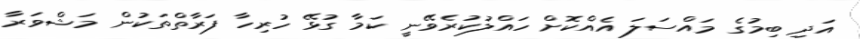
އަދި ބިމުގެ މައްސަލަ އެއްކޮށް ހައްލުކުރެވޭނީ ކަމާ ގުޅޭ ހުރިހާ ފަރާތްތަކުން މަޝްވަރާ